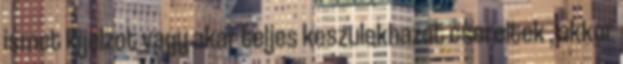
ismet kijelzot vagy akar teljes keszulekhazat csereltek , akkor